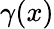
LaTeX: \gamma(x)